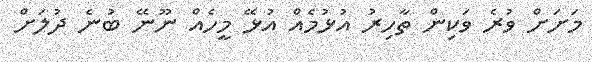
މަށަށް ވުރެ ވަކިން ތާހިރު އުޅުމެއް އުޅޭ މީހެއް ނޫނޭ ބުނެ ދުލަށް